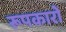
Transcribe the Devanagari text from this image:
रूपकारों